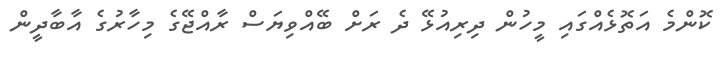
ކޮންމެ އަތޮޅެއްގައި މީހުން ދިރިއުޅޭ ދެ ރަށް ބޭއްވިޔަސް ރާއްޖޭގެ މިހާރުގެ އާބާދީން